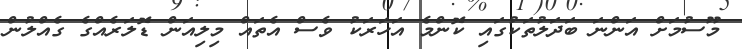
މޫސުމަށް އަންނަ ބަދަލުތަކުގައި ކޮންމެ އަހަރަކު ވެސް އެތައް މިލިއަން ޑޮލަރެއްގެ ގެއްލުން